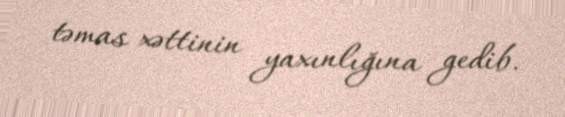
təmas xəttinin yaxınlığına gedib.